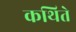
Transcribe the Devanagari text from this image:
कथिते